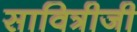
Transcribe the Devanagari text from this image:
सावित्रीजी